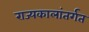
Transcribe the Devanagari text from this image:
राज्यकालांतर्गत